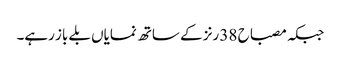
جبکہ مصباح 38 رنز کے ساتھ نمایاں بلے باز رہے۔